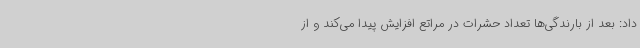
داد: بعد از بارندگی‌ها تعداد حشرات در مراتع افزایش پیدا می‌کند و از